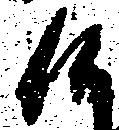
候